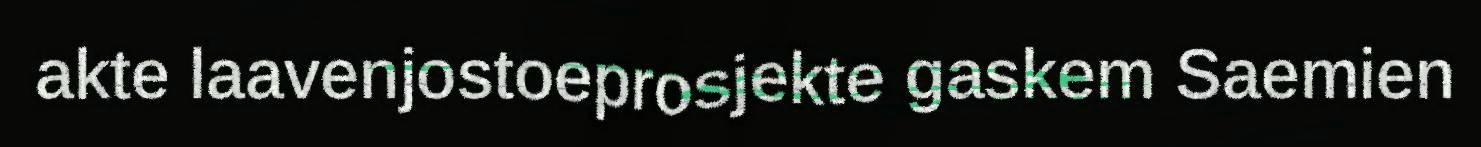
akte laavenjostoeprosjekte gaskem Saemien